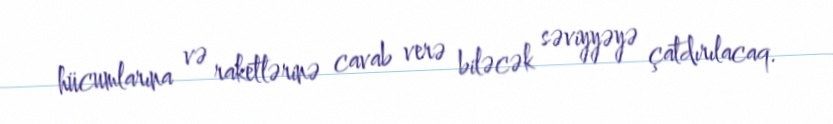
hücumlarına və raketlərinə cavab verə biləcək səviyyəyə çatdırılacaq.